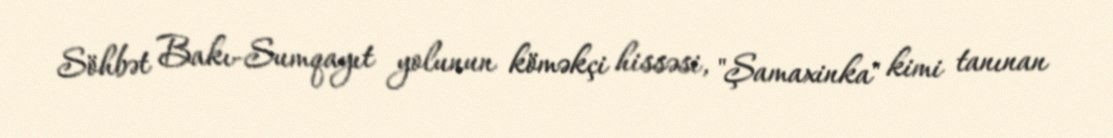
Söhbət Bakı-Sumqayıt yolunun köməkçi hissəsi, ''Şamaxinka'' kimi tanınan